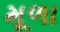
મૂળા